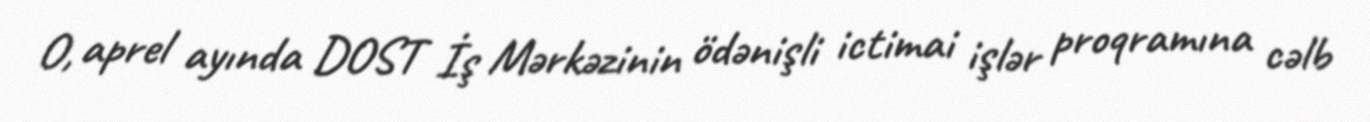
O, aprel ayında DOST İş Mərkəzinin ödənişli ictimai işlər proqramına cəlb